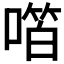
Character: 𫫝